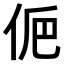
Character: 𠈊